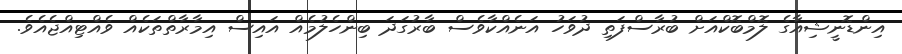
އިންޑޮނީޝިއާގެ ލޮމްބޮކްއަށް ބުރާސްފަތި ދުވަހު އަނެއްކާވެސް ބާރުގަދަ ބިންހެލުމެއް އައިސް އިމާރާތްތަކެއް ވެއްޓިއްޖެއެވެ.